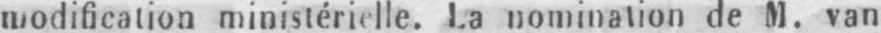
ministérielle. La nomination de M. van